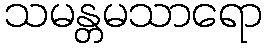
သမန္တမသာရော